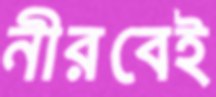
নীরবেই